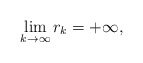
\begin{align*} \lim_{k \to \infty} r_{k} = +\infty, \end{align*}